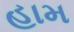
હામ